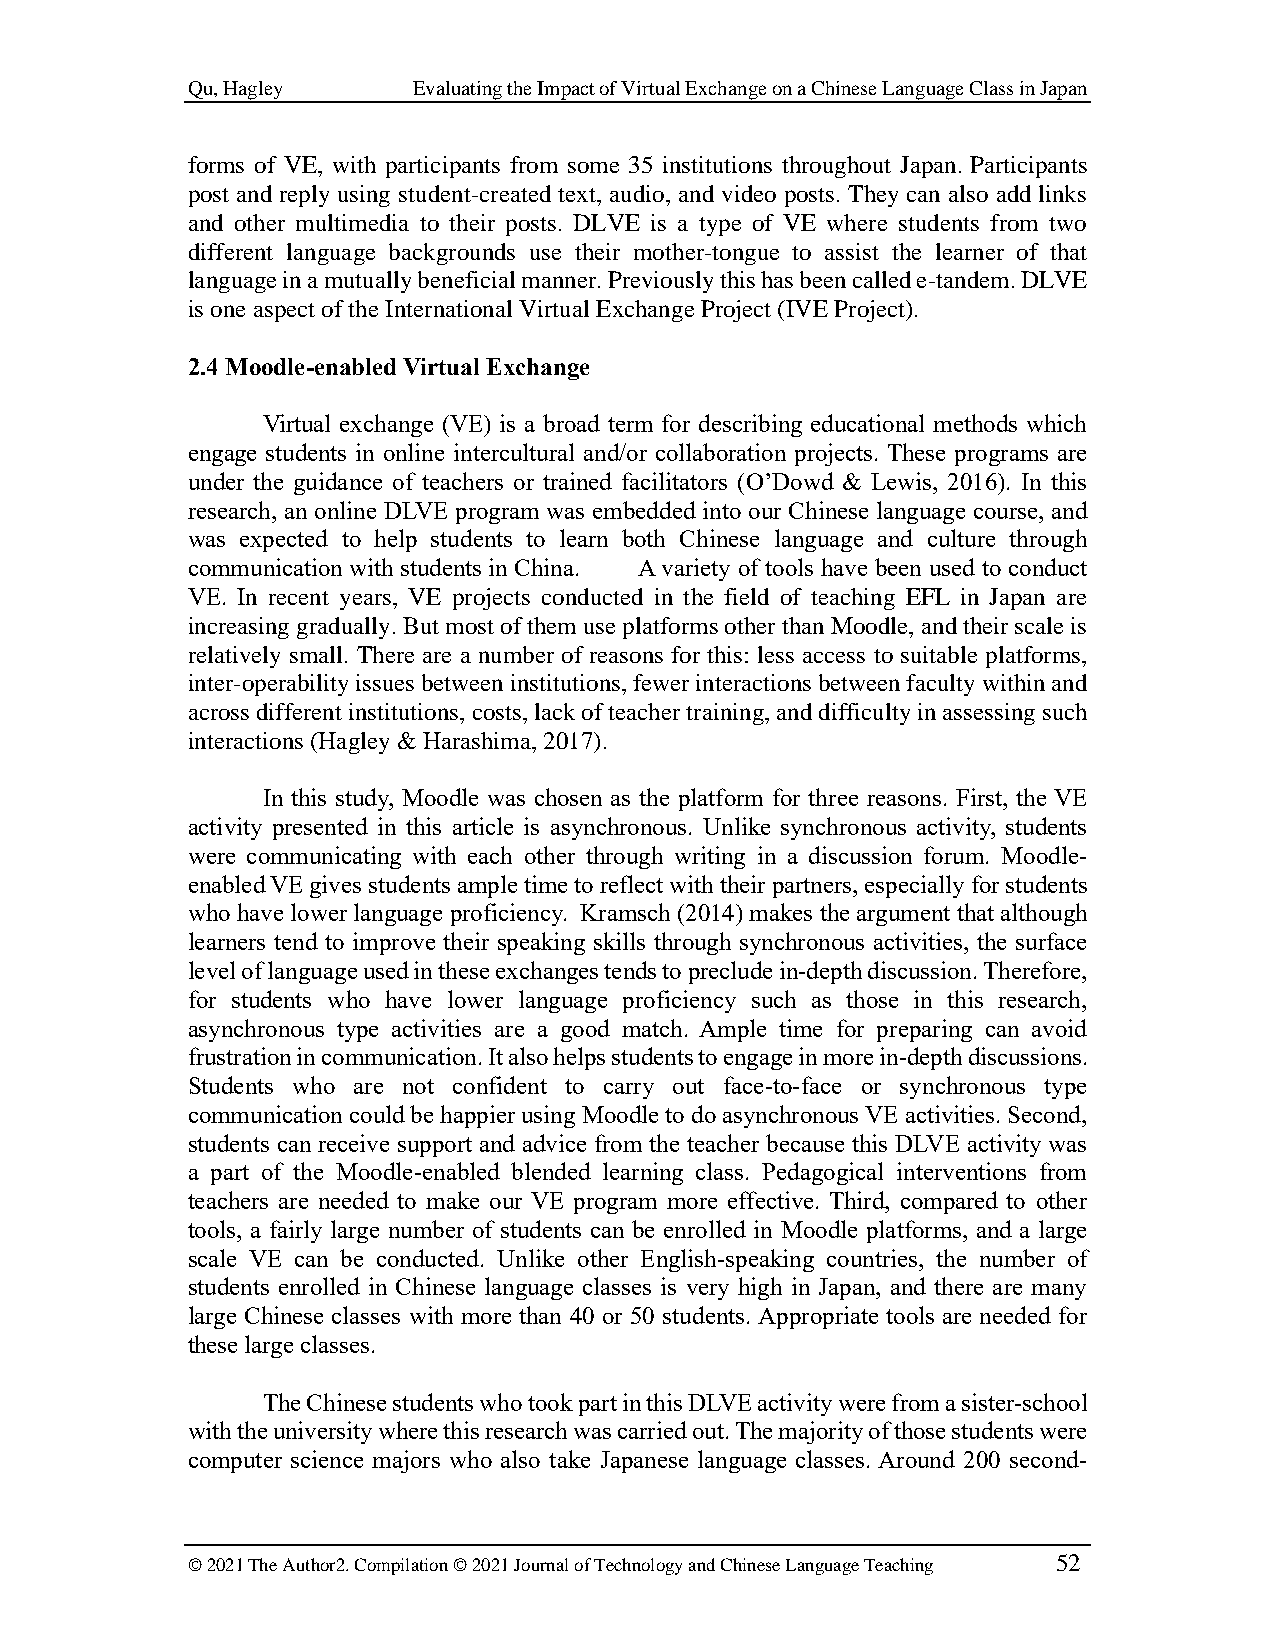
Qu, Hagley     Evaluating the Impact of Virtual Exchange on a Chinese Language Class in Japan
 forms of VE, with participants from some 35 institutions throughout Japan. Participants
 post and reply using student-created text, audio, and video posts. They can also add links
 and other multimedia to their posts. DLVE is a type of VE where students from two
 different language backgrounds use their mother-tongue to assist the learner of that
 language in a mutually beneficial manner. Previously this has been called e-tandem. DLVE
 is one aspect of the International Virtual Exchange Project (IVE Project).
 2.4 Moodle-enabled Virtual Exchange
 Virtual exchange (VE) is a broad term for describing educational methods which
 engage students in online intercultural and/or collaboration projects. These programs are
 under the guidance of teachers or trained facilitators (O’Dowd & Lewis, 2016). In this
 research, an online DLVE program was embedded into our Chinese language course, and
 was expected to help students to learn both Chinese language and culture through
 communication with students in China. A variety of tools have been used to conduct
 VE. In recent years, VE projects conducted in the field of teaching EFL in Japan are
 increasing gradually. But most of them use platforms other than Moodle, and their scale is
 relatively small. There are a number of reasons for this: less access to suitable platforms,
 inter-operability issues between institutions, fewer interactions between faculty within and
 across different institutions, costs, lack of teacher training, and difficulty in assessing such
 interactions (Hagley & Harashima, 2017).
 In this study, Moodle was chosen as the platform for three reasons. First, the VE
 activity presented in this article is asynchronous. Unlike synchronous activity, students
 were communicating with each other through writing in a discussion forum. Moodle-
 enabled VE gives students ample time to reflect with their partners, especially for students
 who have lower language proficiency. Kramsch (2014) makes the argument that although
 learners tend to improve their speaking skills through synchronous activities, the surface
 level of language used in these exchanges tends to preclude in-depth discussion. Therefore,
 for students who have lower language proficiency such as those in this research,
 asynchronous type activities are a good match. Ample time for preparing can avoid
 frustration in communication. It also helps students to engage in more in-depth discussions.
 Students who are not confident to carry out face-to-face or synchronous type
 communication could be happier using Moodle to do asynchronous VE activities. Second,
 students can receive support and advice from the teacher because this DLVE activity was
 a part of the Moodle-enabled blended learning class. Pedagogical interventions from
 teachers are needed to make our VE program more effective. Third, compared to other
 tools, a fairly large number of students can be enrolled in Moodle platforms, and a large
 scale VE can be conducted. Unlike other English-speaking countries, the number of
 students enrolled in Chinese language classes is very high in Japan, and there are many
 large Chinese classes with more than 40 or 50 students. Appropriate tools are needed for
 these large classes.
 The Chinese students who took part in this DLVE activity were from a sister-school
 with the university where this research was carried out. The majority of those students were
 computer science majors who also take Japanese language classes. Around 200 second-
 © 2021 The Author2. Compilation © 2021 Journal of Technology and Chinese Language Teaching 52